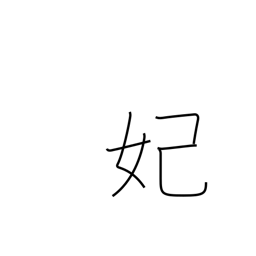
Meaning: princess